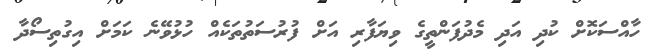
ހާއްސަކޮށް ކުދި އަދި މެދުފަންތީގެ ވިޔަފާރި އަށް ފުރުސަތުތަކެއް ހުޅުވޭނެ ކަމަށް އިގުތިސޯދާ